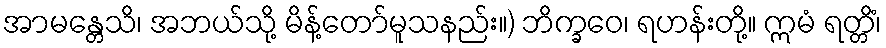
အာမန္တေသိ၊ အဘယ်သို့ မိန့်တော်မူသနည်း။) ဘိက္ခဝေ၊ ရဟန်းတို့။ ဣမံ ရတ္တိံ၊